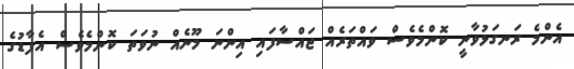
އެންމެ ރަނގަޅުވާނީ ކޮންމެވެސް ވައްތަރެއް ޖައްސާފައި އިންނަ މޫނެއް ނުވަތަ ކޮންމެވެސް އެފާޑުގެ